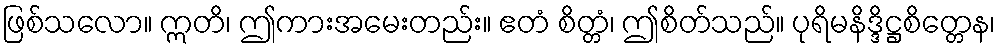
ဖြစ်သလော။ ဣတိ၊ ဤကားအမေးတည်း။ ဧတံ စိတ္တံ၊ ဤစိတ်သည်။ ပုရိမနိဒ္ဒိဋ္ဌစိတ္တေန၊